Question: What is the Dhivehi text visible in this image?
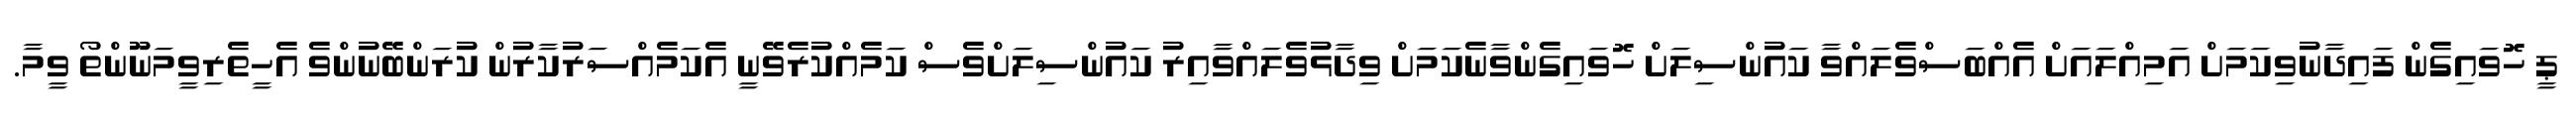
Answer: ޕީ ހޮވައިގެން ފައިދާނުވިކަމަށް އަމިއްލައަށް އެއްބަސްވެލައްވާ ކައުންސިލަށް ހޮވައިގެންވާނެކަމަށް ވިދާޅުވެލައްވާއިރު ކައުންސިލަށްވެސް ކަމެއްކުރެވޭނީ އެކަމެއްސަރުކާރުން ކުރަންބޭނުންވެ އެހީތެރިވީމަނޫންތޯ ވީމާ.